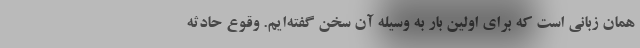
همان زبانی است که برای اولین بار به وسیله آن سخن گفته‌ایم. وقوع حادثه